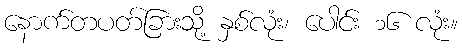
နောက်တပတ်ခြားသို့ နှစ်လုံး၊ ပေါင်း ၁၆ လုံး။